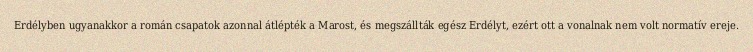
Erdélyben ugyanakkor a román csapatok azonnal átlépték a Marost, és megszállták egész Erdélyt, ezért ott a vonalnak nem volt normatív ereje.